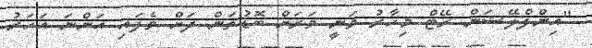
"އިންފްލޭޝަން ރޭޓް މިހާރު ވަނީ ވަރަށް ބޮޑުތަން ދަށް ވެފައި އަންނަ އަހަރު